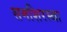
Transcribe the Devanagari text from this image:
समशिरस्था